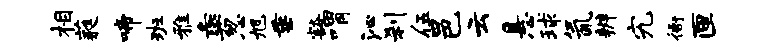
相蕤啼班雅彘葱旭垂豁喟沁刹伍邑云悬球氤辨究衙匣